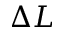
\Delta L